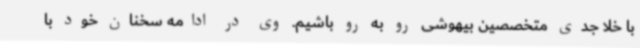
با خلا جدی متخصصین بیهوشی رو به رو باشیم. وی در ادامه سخنان خود با